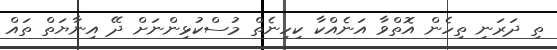
ތި ދަރަނި ތިހެން އޮތްވާ އަނެއްކާ ކިހިނެތް މުސްކުޅިންނަށް ދޭ އިނާޔަތް ތައް